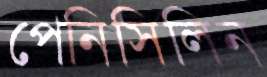
পেনিসিলিন